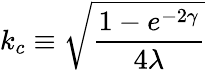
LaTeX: k_{c}\equiv\sqrt{\frac{1-e^{-2\gamma}}{4\lambda}}